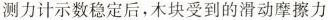
测力计示数稳定后，木块受到的滑动摩擦力